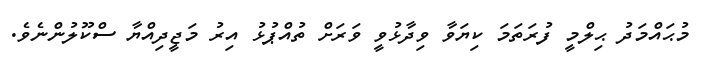
މުޙައްމަދު ޙިލްމީ ފުރަތަމަ ކިޔަވާ ވިދާޅުވީ ވަރަށް ތުއްޕުޅު އިރު މަޖީދިއްޔާ ސްކޫލުންނެވެ.